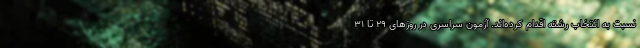
نسبت به انتخاب رشته اقدام کرده‌اند. آزمون سراسری در روزهای ۲۹ تا ۳۱